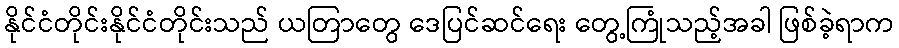
နိုင်ငံတိုင်းနိုင်ငံတိုင်းသည် ယတြာတွေ ဒေပြင်ဆင်ရေး တွေ့ကြုံသည့်အခါ ဖြစ်ခဲ့ရာက